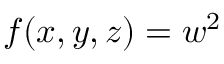
f ( x , y , z ) = w ^ { 2 }